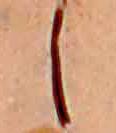
し